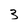
Character: 3